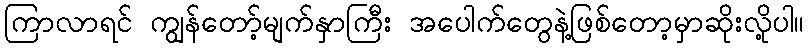
ကြာလာရင် ကျွန်တော့်မျက်နှာကြီး အပေါက်တွေနဲ့ဖြစ်တော့မှာဆိုးလို့ပါ။